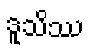
ဒူသိဿ